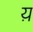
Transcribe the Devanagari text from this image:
य़